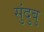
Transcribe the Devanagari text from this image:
सुंदुबु